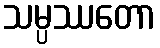
သမ္ပဿတော